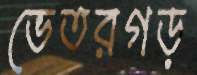
ভেতরগড়